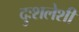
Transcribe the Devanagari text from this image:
दुःशलेशी